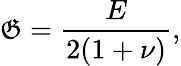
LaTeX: \mathfrak{G}=\frac{{E}}{{2(1+\nu)}},